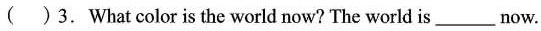
( ) 3. What color is the world now? The world is___now.